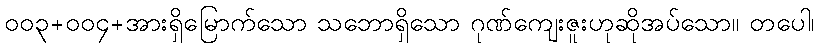
၀၀၃+၀၀၄+အားရှိမြောက်သော သဘောရှိသော ဂုဏ်ကျေးဇူးဟုဆိုအပ်သော။ တပေါ၊